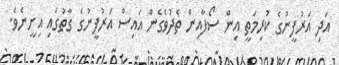
އަދި އަރުފީނުގެ ކުރިމަތީ އިން ސޯފާއިން ތެދުވެގެން އައިސް އަރުފީނުގެ ގާތުގައި އިށީނެވެ.